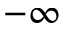
- \infty